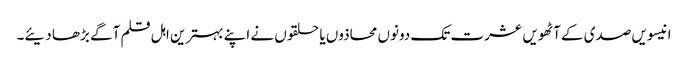
انیسویں صدی کے آٹھویں عشرت تک دونوں محاذوں یا حلقوں نے اپنے بہترین اہل قلم آگے بڑھا دیئے۔